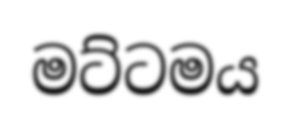
මට්ටමය